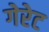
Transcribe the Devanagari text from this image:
गेरेट